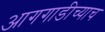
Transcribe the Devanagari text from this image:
आगगाडीच्याच